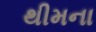
થીમના